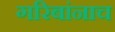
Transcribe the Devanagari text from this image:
गरिबांनाच